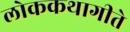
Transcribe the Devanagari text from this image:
लोककथागीते